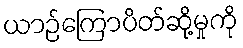
ယာဉ်ကြောပိတ်ဆို့မှုကို